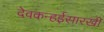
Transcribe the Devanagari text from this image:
देवकन्हईसारखी